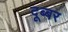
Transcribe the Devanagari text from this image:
दूब्बर